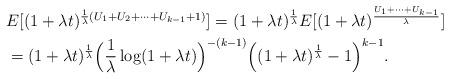
LaTeX: \begin{align*}&E[(1+\lambda t)^{\frac{1}{\lambda }(U_1+U_2+\cdots+U_{k-1}+1)}] = (1+\lambda t)^{\frac{1}{\lambda }} E[(1+\lambda t)^{\frac{U_1+\cdots+U_{k-1}}{\lambda }}]\\&=(1+\lambda t)^{\frac{1}{\lambda }} \Big(\frac{1}{\lambda }\log(1+\lambda t)\Big)^{-(k-1)} \Big((1+\lambda t)^{\frac{1}{\lambda }}-1\Big)^{k-1}.\end{align*}